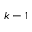
k - 1